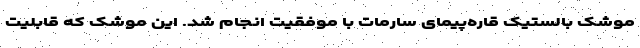
موشک بالستیک قاره‌پیمای سارمات با موفقیت انجام شد. این موشک که قابلیت